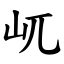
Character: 屼